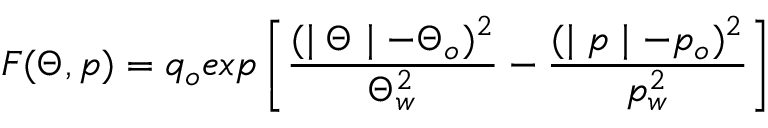
F ( \Theta , p ) = q _ { o } e x p \left[ \frac { ( \mid \Theta \mid - \Theta _ { o } ) ^ { 2 } } { \Theta _ { w } ^ { 2 } } - \frac { ( \mid p \mid - p _ { o } ) ^ { 2 } } { p _ { w } ^ { 2 } } \right]